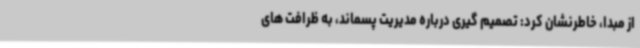
از مبدا، خاطرنشان کرد: تصمیم گیری درباره مدیریت پسماند، به ظرافت های